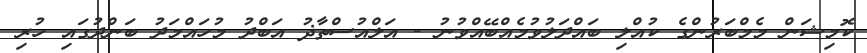
ކޮމިޝަން މެމްބަރުންގެ ކުއްލި ބައްދަލުވުމެއްބޭއްވުނު - އަލްއުސްތާޛު އަބްދު މުހައްމަދު ބަންދުގައި ހުރި